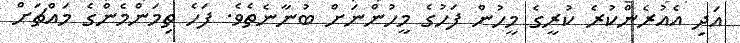
އަދި އެއުރެންކުރެ ކުރީގެ މީހުން ފަހުގެ މީހުންނަށް ބުނާނެތެވެ. ފަހެ ތިމަންމެންގެ މައްޗަށް